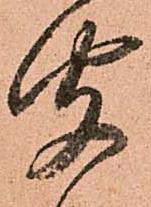
聞